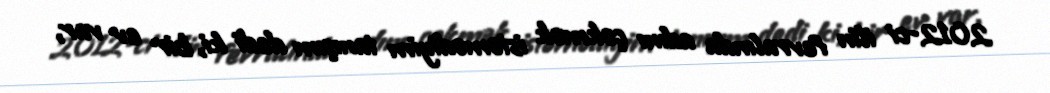
2012-ci ilin fevralında adını çəkmək istəmədiyim tanışım dedi ki, bir ev var,